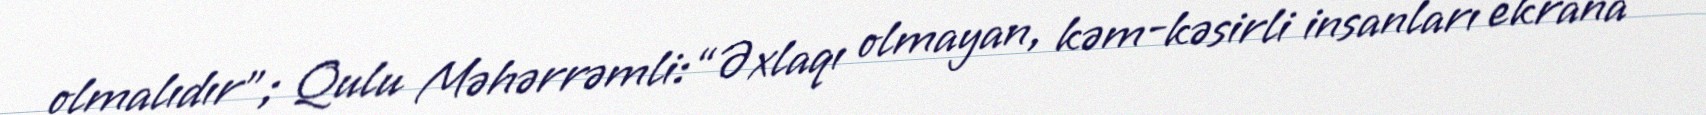
olmalıdır"; Qulu Məhərrəmli: “Əxlaqı olmayan, kəm-kəsirli insanları ekrana